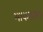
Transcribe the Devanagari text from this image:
माकडास